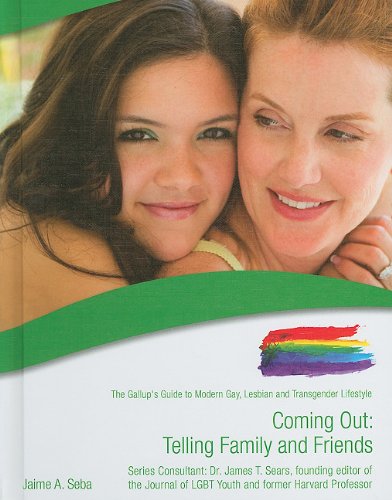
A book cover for Coming Out: Telling Family and Friends (Gallup's Guide to Modern Gay, Lesbian and Transgender Lifestyle); Jaime A. Seba; Gay & Lesbian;